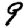
Digit: 9